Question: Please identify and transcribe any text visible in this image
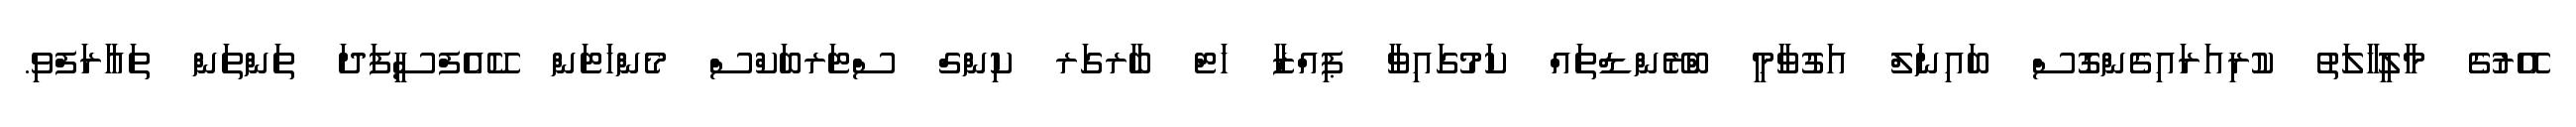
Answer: އޭރުގެ މާލީހާލަތު ކުރިއަރައިގެންގޮސް ބައިނަލް އަގުވާމީ ބްރޭންޑްތައް ކަމުގައިވާ ޕިއްޒާ ހަޓް ބާރގަރ ކިންގް ސްޓަރބަކްސް މެންހަޓަން ކޭއެފްސީފަދަ ތަންތަން ތައާރަފްވި.